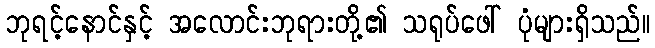
ဘုရင့်နောင်နှင့် အလောင်းဘုရားတို့၏ သရုပ်ဖေါ် ပုံများရှိသည်။